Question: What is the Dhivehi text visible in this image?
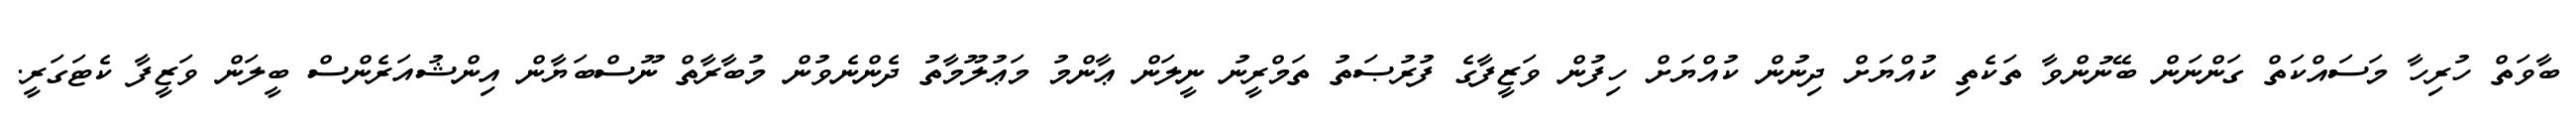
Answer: ބާވަތް ހުރިހާ މަސައްކަތް ގަންނަން ބޭނުންވާ ތަކެތި ކުއްޔަށް ދިނުން ކުއްޔަށް ހިފުން ވަޒީފާގެ ފުރުޞަތު ތަމްރީނު ނީލަން ޢާންމު މަޢުލޫމާތު ދެންނެވުން މުބާރާތް ނޫސްބަޔާން އިންޝުއަރެންސް ބީލަން ވަޒީފާ ކެޓަގަރީ.